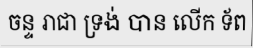
ចន្ទ រាជា ទ្រង់ បាន លើក ទ័ព